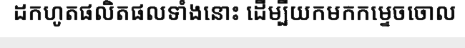
ដកហូតផលិតផលទាំងនោះ ដើម្បីយកមកកម្ទេចចោល